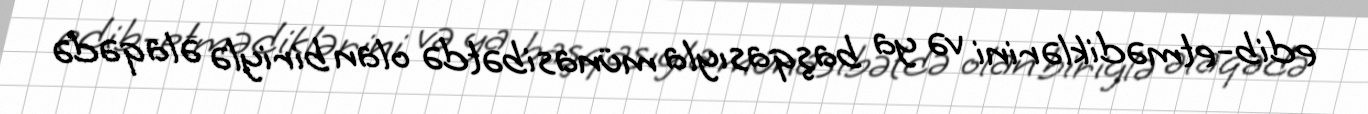
edib-etmədiklərini və ya başqasıyla münasibətdə olan biriylə əlaqədə